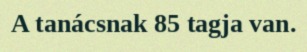
A tanácsnak 85 tagja van.